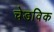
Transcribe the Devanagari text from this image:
चेडविक